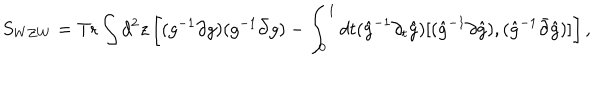
LaTeX: S _ { W Z W } = \mathrm { T r } \int d ^ { 2 } z \left[ ( g ^ { - 1 } \partial g ) ( g ^ { - 1 } \bar { \partial } g ) - \int _ { 0 } ^ { 1 } d t ( \hat { g } ^ { - 1 } \partial _ { t } \hat { g } ) [ ( \hat { g } ^ { - 1 } \partial \hat { g } ) , ( \hat { g } ^ { - 1 } \bar { \partial } \hat { g } ) ] \right] ,